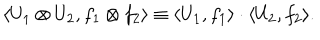
\langle U _ { 1 } \otimes U _ { 2 } , f _ { 1 } \otimes f _ { 2 } \rangle \equiv \langle U _ { 1 } , f _ { 1 } \rangle \cdot \langle U _ { 2 } , f _ { 2 } \rangle .